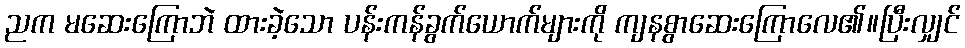
ညက မဆေးကြောဘဲ ထားခဲ့သော ပန်းကန်ခွက်ယောက်များကို ကျနစွာဆေးကြောလေ၏။ပြီးလျှင်